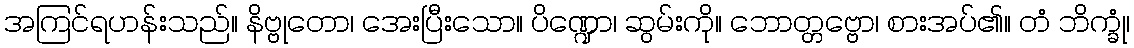
အကြင်ရဟန်းသည်။ နိဗ္ဗုတော၊ အေးပြီးသော။ ပိဏ္ဍော၊ ဆွမ်းကို။ ဘောတ္တဗ္ဗော၊ စားအပ်၏။ တံ ဘိက္ခုံ၊